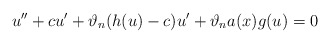
\begin{align*}u'' + c u' + \vartheta_{n}(h(u)-c)u' + \vartheta_{n} a(x)g(u)=0\end{align*}